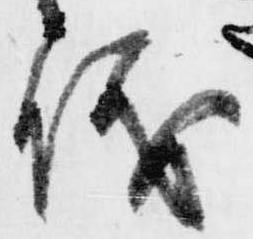
儀